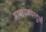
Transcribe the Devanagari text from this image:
आवश्यकवस्तुओं